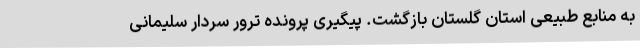
به منابع طبیعی استان گلستان بازگشت. پیگیری پرونده ترور سردار سلیمانی